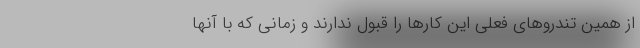
از همین تندروهای فعلی این کارها را قبول ندارند و زمانی که با آنها